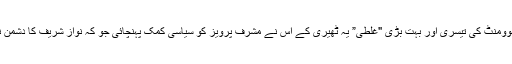
متحدہ قومی موومنٹ کی تیسری اور بہت بڑی "غلطی” یہ ٹھیری کے اس نے مشرف پرویز کو سیاسی کمک پہنچائی جو کہ نواز شریف کا دشمن نمبر ایک تھا۔